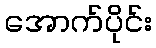
အောက်ပိုင်း